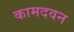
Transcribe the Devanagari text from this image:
कामदवन